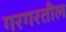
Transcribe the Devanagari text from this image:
गरगरतील